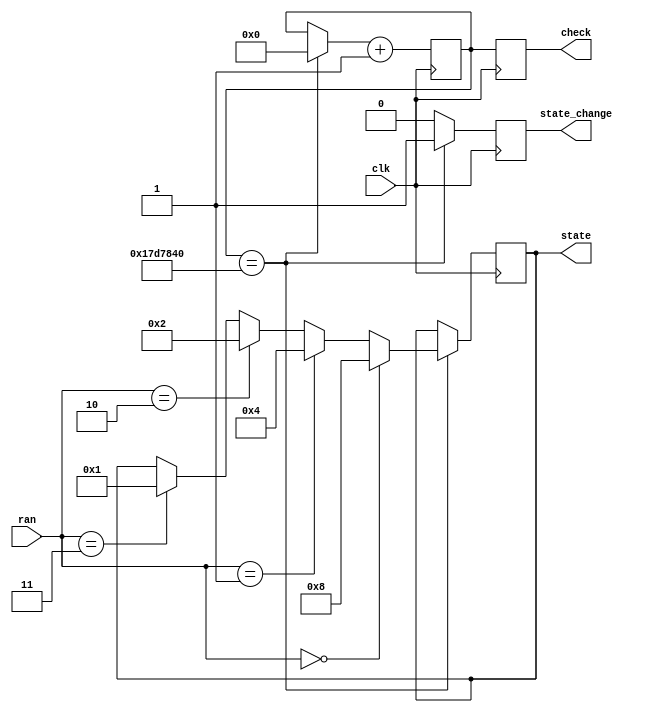
`timescale 1ns / 1ps

module rand_to_state(
input clk,
input [2:0] ran,
output reg [3:0] state,
output reg state_change,
output reg [25:0] check
    );
reg [25:0] count = 25000000;

initial state_change= 0;
always @(posedge clk)begin
state_change = 0;
check <= count;
if (count==25000000) begin
    count = 0;
    state_change = 1;
    if (ran == 3'b000)
        begin
        state <= 4'b1000;
        end 
    else if (ran == 3'b001)
        begin
        state <= 4'b0100;
        end
    else if (ran == 3'b010)
        begin
        state <= 4'b0010;
        end
    else if (ran == 3'b011)
        begin
        state <= 4'b0001;
        end
//    else if (ran == 3'b100)
//        begin
//        state <= 4'b0001;
//        end
//    else state <= 4'b1111;
    end
 count = count + 1;
 
 end
endmodule